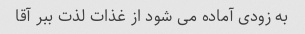
به زودی آماده می شود از غذات لذت ببر آقا